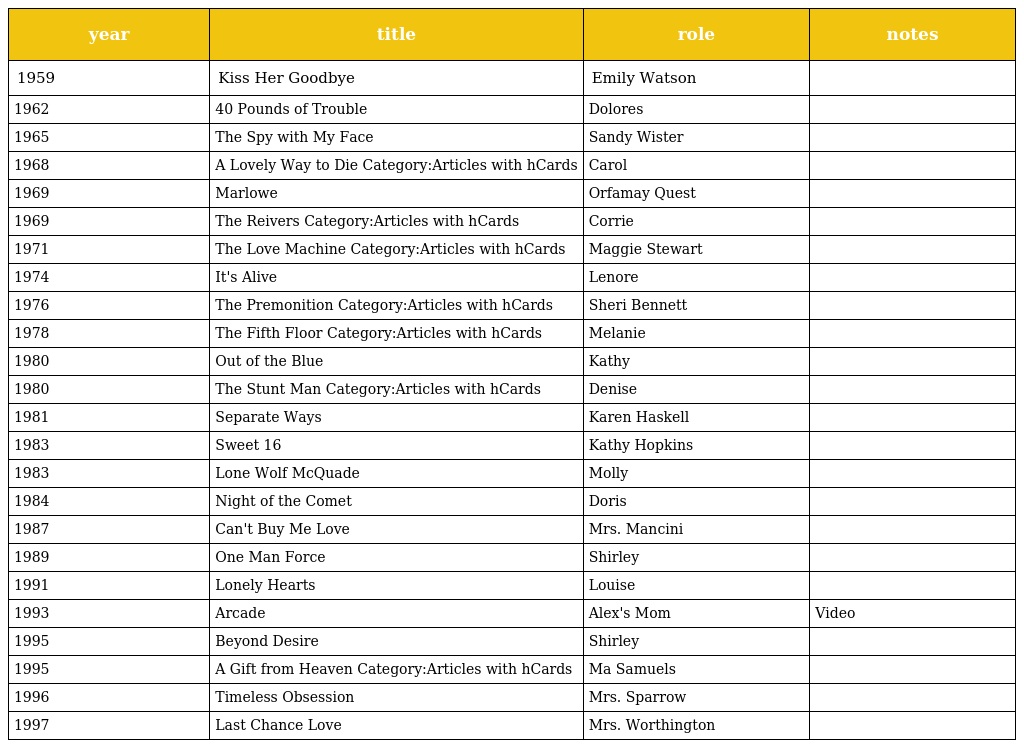
| year | title | role | notes |
 | --- | --- | --- | --- |
 | 1959 | Kiss Her Goodbye | Emily Watson |  |
 | 1962 | 40 Pounds of Trouble | Dolores |  |
 | 1965 | The Spy with My Face | Sandy Wister |  |
 | 1968 | A Lovely Way to Die Category:Articles with hCards | Carol |  |
 | 1969 | Marlowe | Orfamay Quest |  |
 | 1969 | The Reivers Category:Articles with hCards | Corrie |  |
 | 1971 | The Love Machine Category:Articles with hCards | Maggie Stewart |  |
 | 1974 | It's Alive | Lenore |  |
 | 1976 | The Premonition Category:Articles with hCards | Sheri Bennett |  |
 | 1978 | The Fifth Floor Category:Articles with hCards | Melanie |  |
 | 1980 | Out of the Blue | Kathy |  |
 | 1980 | The Stunt Man Category:Articles with hCards | Denise |  |
 | 1981 | Separate Ways | Karen Haskell |  |
 | 1983 | Sweet 16 | Kathy Hopkins |  |
 | 1983 | Lone Wolf McQuade | Molly |  |
 | 1984 | Night of the Comet | Doris |  |
 | 1987 | Can't Buy Me Love | Mrs. Mancini |  |
 | 1989 | One Man Force | Shirley |  |
 | 1991 | Lonely Hearts | Louise |  |
 | 1993 | Arcade | Alex's Mom | Video |
 | 1995 | Beyond Desire | Shirley |  |
 | 1995 | A Gift from Heaven Category:Articles with hCards | Ma Samuels |  |
 | 1996 | Timeless Obsession | Mrs. Sparrow |  |
 | 1997 | Last Chance Love | Mrs. Worthington |  |